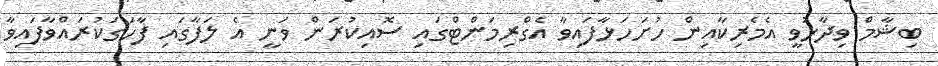
ބިޝާމް ވިދާޅުވީ އެމެރިކާއިން ހުށަހަޅާފައިވާ އެގްރިމަންޓްގައި ސޮއިކުރަން ވަނީ އެ ލަފާގައި ފާހަގަކުރައްވާފައިވާ